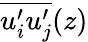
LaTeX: \overline{{u_{i}^{\prime}u_{j}^{\prime}}}(z)